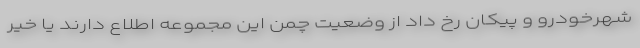
شهرخودرو و پیکان رخ داد از وضعیت چمن این مجموعه اطلاع دارند یا خیر